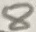
Text: 8